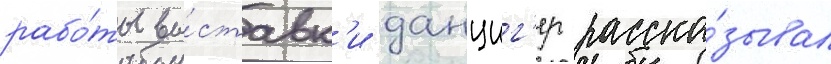
рабо́ты вы́ставк'и данциг'ер расска́зывал